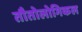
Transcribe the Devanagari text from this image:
तौतोलोगिकल